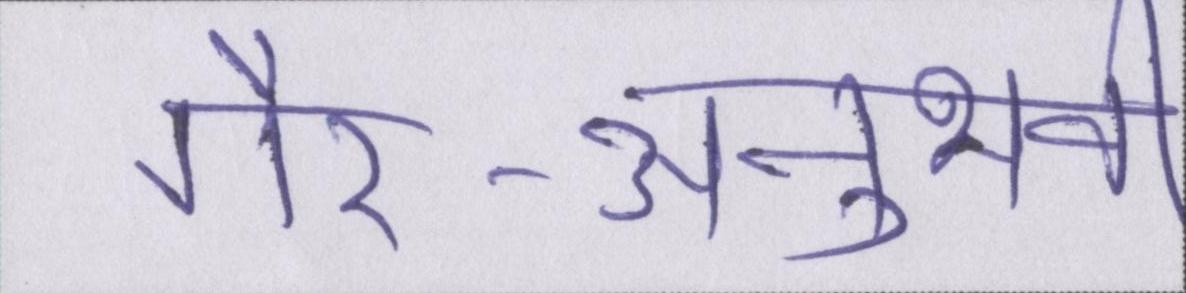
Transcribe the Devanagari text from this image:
गैर-अनुभवी